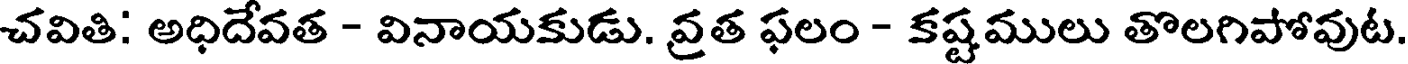
చవితి: అధిదేవత - వినాయకుడు. వ్రత ఫలం - కష్టములు తొలగిపోవుట.